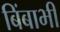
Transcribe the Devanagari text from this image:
बिंबाभी